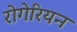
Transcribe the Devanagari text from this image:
रोगेरियन